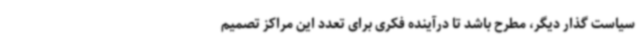
سیاست گذار دیگر، مطرح باشد تا درآینده فکری برای تعدد این مراکز تصمیم